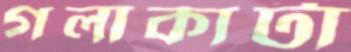
গলাকাটা